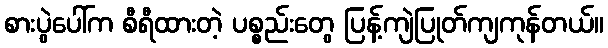
စားပွဲပေါ်က စီရီထားတဲ့ ပစ္စည်းတွေ ပြန့်ကျဲပြုတ်ကျကုန်တယ်။